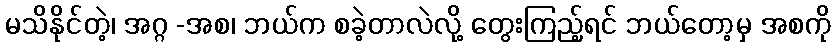
မသိနိုင်တဲ့၊ အဂ္ဂ -အစ၊ ဘယ်က စခဲ့တာလဲလို့ တွေးကြည့်ရင် ဘယ်တော့မှ အစကို